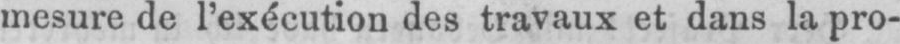
mesure de l’exécution des travaux et dans la pro-